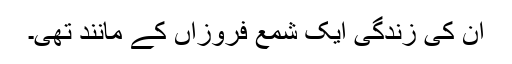
ان کی زندگی ایک شمع فروزاں کے مانند تھی۔